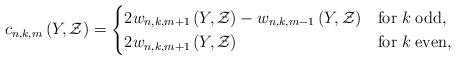
LaTeX: \begin{align*}c_{n,k,m}\left(Y,\mathcal{Z}\right)=\begin{cases}2w_{n,k,m+1}\left(Y,\mathcal{Z}\right)-w_{n,k,m-1}\left(Y,\mathcal{Z}\right) & {\rm for\;}k\;{\rm odd},\\2w_{n,k,m+1}\left(Y,\mathcal{Z}\right) & {\rm for\;}k\;{\rm even},\end{cases}\end{align*}